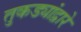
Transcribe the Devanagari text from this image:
तुकड्यांद्वारे